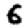
Digit: 6